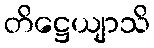
တိဋ္ဌေယျာသိ